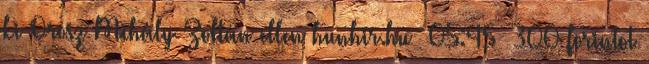
ki Orosz Mihály Zoltán ellen hunhir.hu 05:45 300 forintot